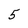
Character: 5